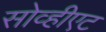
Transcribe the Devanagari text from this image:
सोव्हीएट